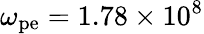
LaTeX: \omega_{\mathrm{pe}}=1.78\times 10^{8}